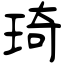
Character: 琦